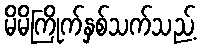
မိမိကြိုက်နှစ်သက်သည့်